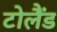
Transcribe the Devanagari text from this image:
टोलैंड